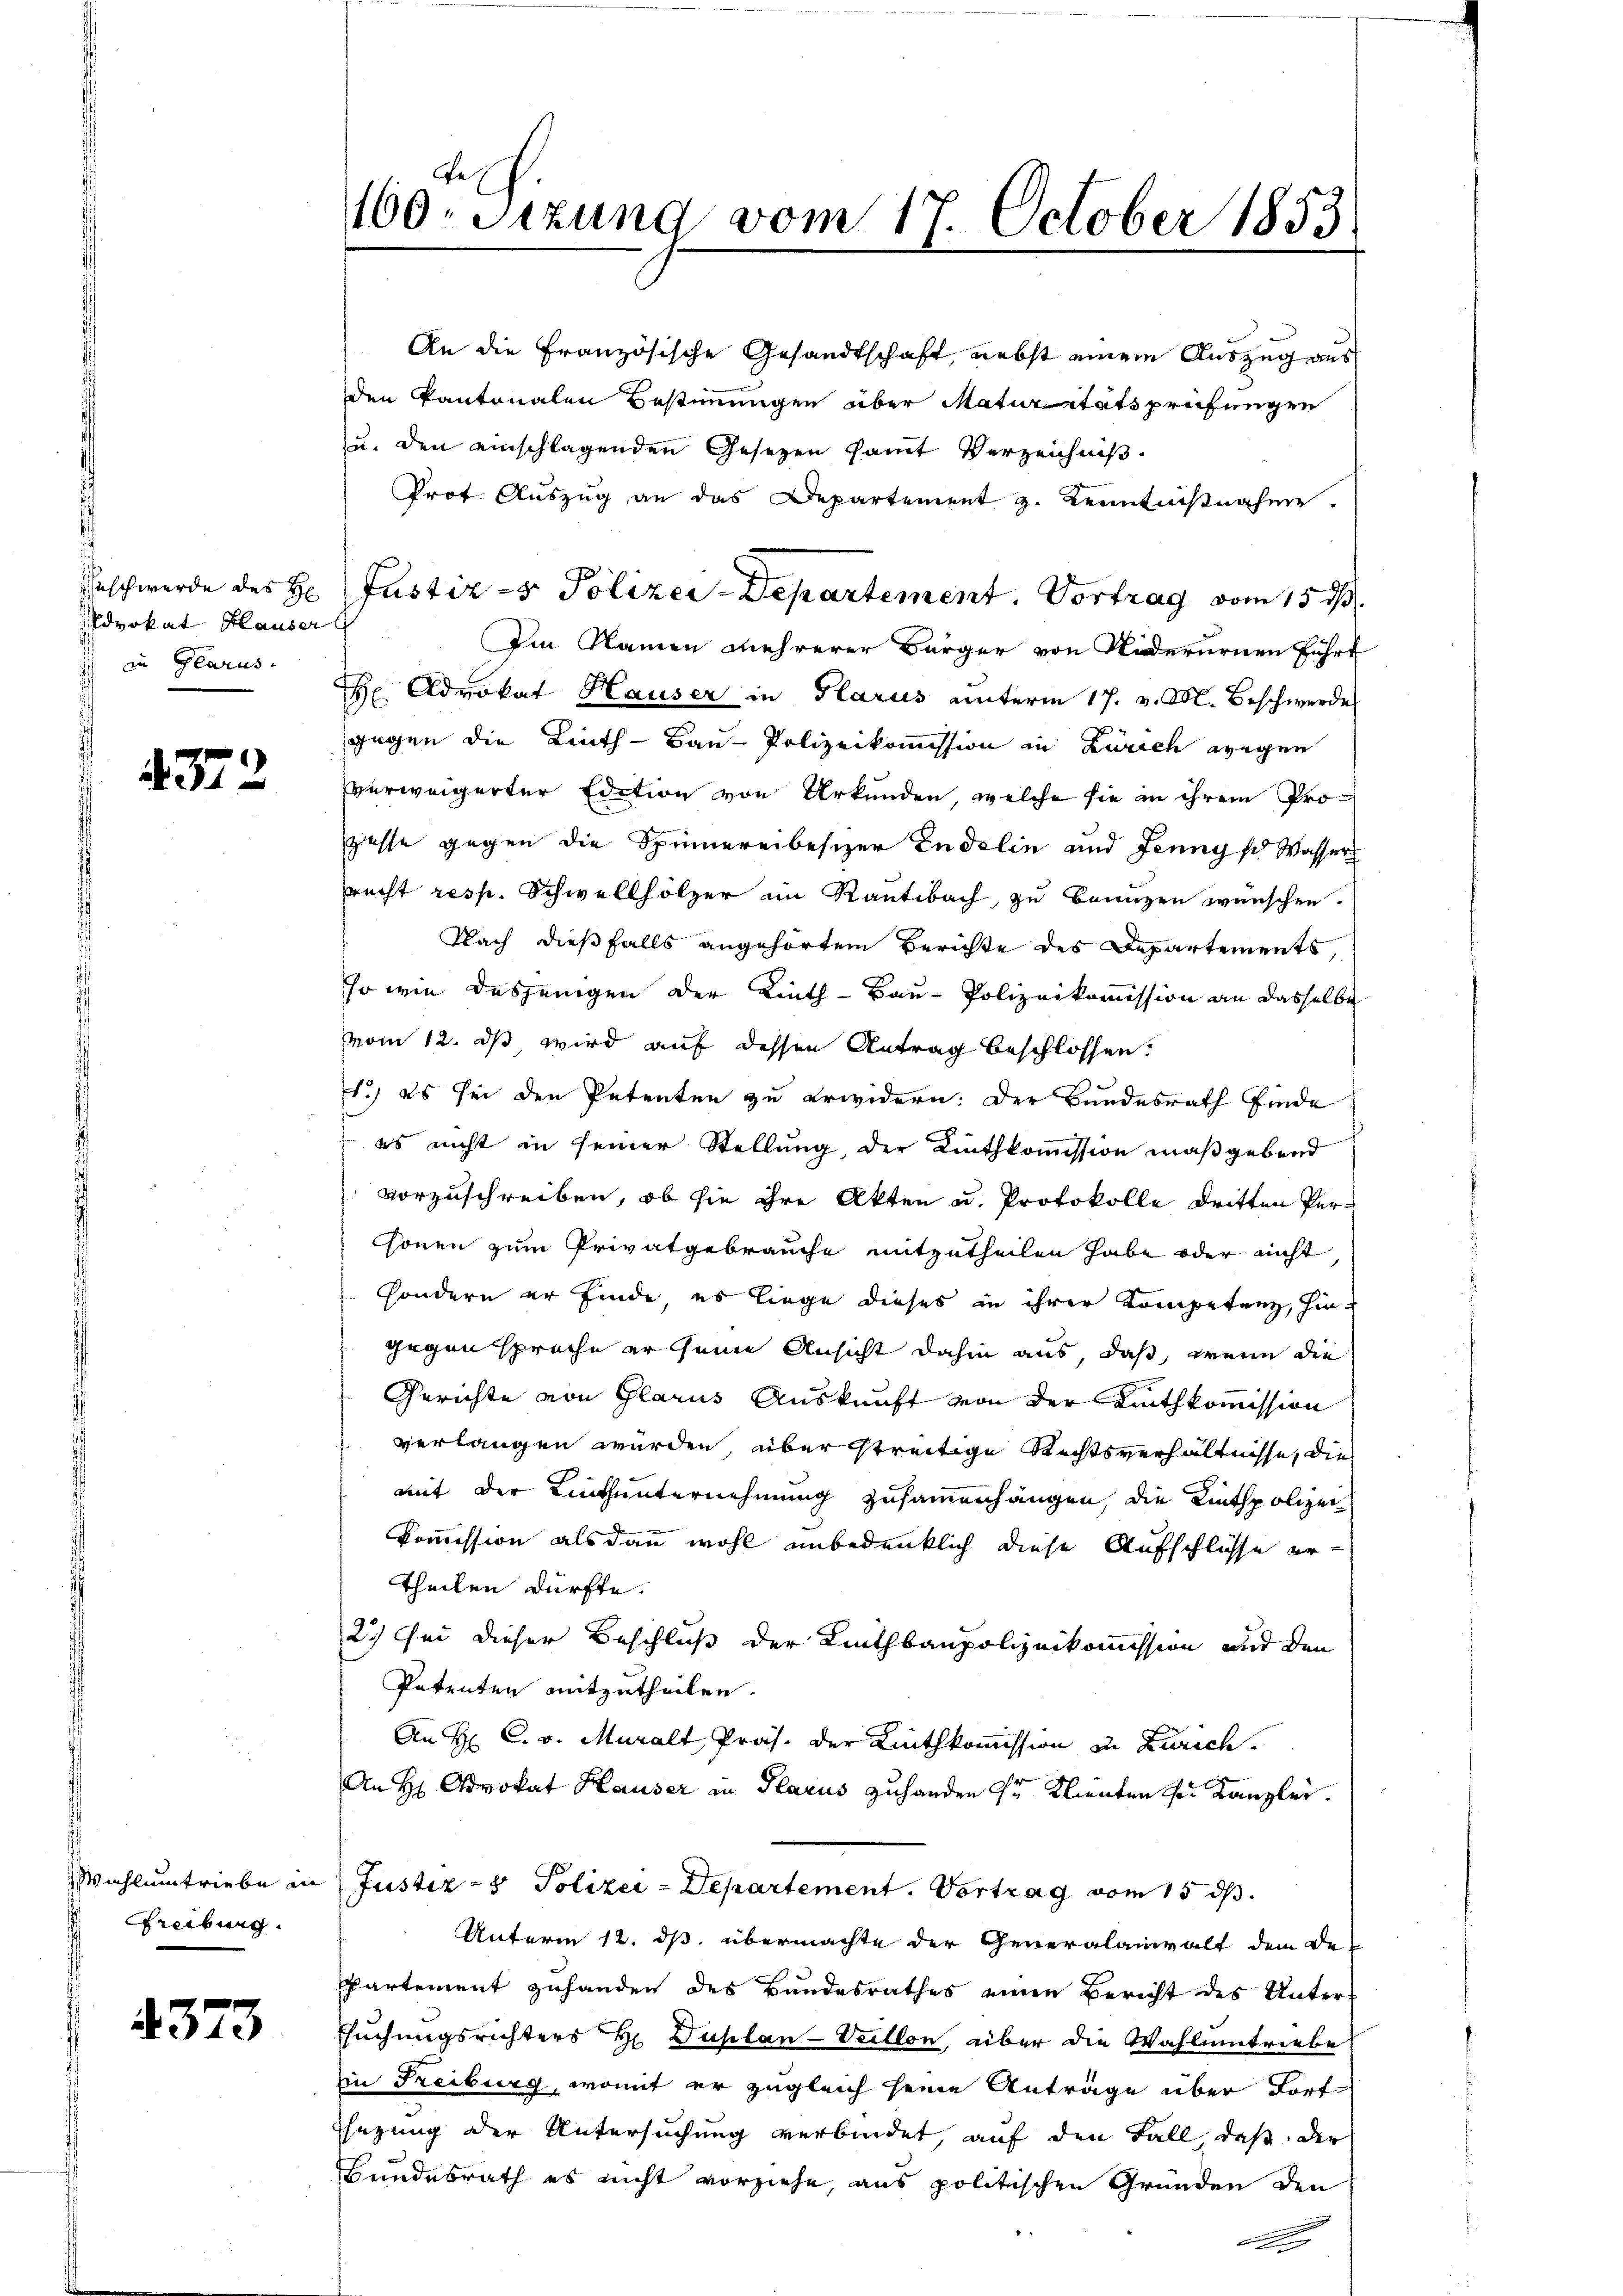
Geschwerde des H
dvokat Hauser
 in Glarus.

4372

Wahlumtriebe in
Grabung.

4373

160. Sitzung vom 17. October 1853.

An die Französische Gesandtschaft, nebst einem Auszug aus
den Kantonalen Bestimmungen über Maturitätsprüfungen
u. den einschlagenden Gesetzen samt Verzeichnis.
Prof. Aŭszŭg an das Departement z. Kenntnisnahen.
Justiz- & Polizei-Departement, Vortrag vom 15. d.
Im Namen mehrerer Bürger von Niderurnen führt
H Advokat Hauser in Glarus unterm 17. v. M. Beschwerde
gegen die Linth - Bau-Polizeikommission in Zürich wegen
verweigerter Edition von Urkunden, welche sie in ihrem Propasse gegen die Spinnereibesizer Indolin und Jennys Wasser
recht resp. Schwellhölzer im Rautbach, zu bringen wünschen.
Nach dießfalls angehörtem Berichte des Departements,
so wie dasjenigen der Linth-Bau-Polizeikommission an dasselbe
vom 12. ds wird auf dessen Antrag beschlossen.
1.) es sei den Petenten zu erwidern. Der Bundesrath finde
es nicht in seiner Stellung, der Linthkommission maßgebend
vorzuschreiben, ob sie ihre Akten u. Protokolle dritten Perhönen zum Privatgebrauche mitzutheilen habe oder nicht
sondern er finde es liege dieses in ihrer Kompetenz, hingegen spreche er seine Ansicht dahin aus, daß, wenn die
Gerichte von Glarus Auskunft von der Linthkommission
verlangen wurden, über streitige Rechtsverhältnisse, die
mit der Linthunternehmung zusammenhängen, die Linthpolizei
Kommission als dann wohl unbedenklich diese Aufschlüsse er¬
Theilen dürfte.
2.) Sei dieser Beschluß der Linthbaupolizeikommission und den
Patenten mitzutheilen.
An H. C. v. Muralt Präs. der Linthkommission in Zürich.
An H Advokat Hauser in Glarus zuhanden dr Klienten er Kanzlei.
f
Justiz- & Polizei-Departement. Vortrag vom 15. ds.
Unterm 12. ds. übermachte der Generalainvalt dem De-
Partement zuhanden des Bundesrathes einen Bericht des Unter¬
Esuchungsrichters H. Duplan-Veillon, über die Wahlumtriebe
in Freiburg, womit er zugleich seine Anträge über Fortsezung der Untersuchung verbindet, auf den Fall, daß der
Bundesrath es nicht vorziehe, aus politischen Gründen den
e